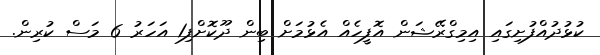
ކުޅުދުއްފުށިގައި އިމިގްރޭޝަން އޮފީހެއް އެޅުމަށް ބިން ދޫކޮށްފި1 އަހަރު 6 މަސް ކުރިން.